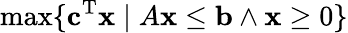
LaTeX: \operatorname*{max}\{ \mathbf{c}^{\mathrm{T}}\mathbf{x}\; |\; A\mathbf{x}\leq\mathbf{b}\land\mathbf{x}\geq 0\}